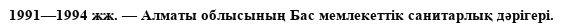
1991—1994 жж. — Алматы облысының Бас мемлекеттік санитарлық дәрігері.